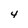
Character: 4